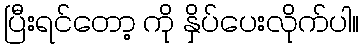
ပြီးရင်တော့ ကို နှိပ်ပေးလိုက်ပါ။